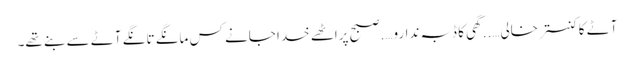
آٹے کا کنستر خالی…..گھی کا ڈبہ ندارو….صبح پراٹھے خدا جانے کس مانگے تانگے آٹے سے بنے تھے۔